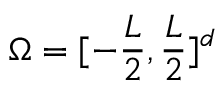
\Omega = [ - \frac { L } { 2 } , \frac { L } { 2 } ] ^ { d }